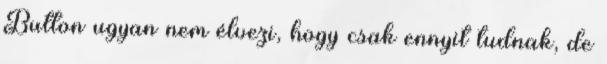
Button ugyan nem élvezi, hogy csak ennyit tudnak, de